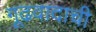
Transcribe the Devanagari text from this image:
गूढवादाची